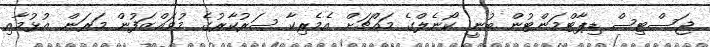
ޖަސްޓިސް ޑިޕާޓްމަންޓުން ބުނީ ކޯނެލްގެ މައްޗަށް އެމެރިކާ ސަރުކާރުގެ މުވައްޒަފުން މަރަން އުޅުމާއި